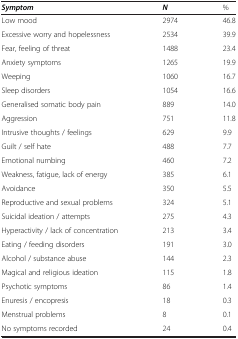
<table><thead><tr><td><b><i>Symptom</i></b></td><td><b><i>N</i></b></td><td><b>%</b></td></tr></thead><tbody><tr><td>Low mood</td><td>2974</td><td>46.8</td></tr><tr><td>Excessive worry and hopelessness</td><td>2534</td><td>39.9</td></tr><tr><td>Fear, feeling of threat</td><td>1488</td><td>23.4</td></tr><tr><td>Anxiety symptoms</td><td>1265</td><td>19.9</td></tr><tr><td>Weeping</td><td>1060</td><td>16.7</td></tr><tr><td>Sleep disorders</td><td>1054</td><td>16.6</td></tr><tr><td>Generalised somatic body pain</td><td>889</td><td>14.0</td></tr><tr><td>Aggression</td><td>751</td><td>11.8</td></tr><tr><td>Intrusive thoughts / feelings</td><td>629</td><td>9.9</td></tr><tr><td>Guilt / self hate</td><td>488</td><td>7.7</td></tr><tr><td>Emotional numbing</td><td>460</td><td>7.2</td></tr><tr><td>Weakness, fatigue, lack of energy</td><td>385</td><td>6.1</td></tr><tr><td>Avoidance</td><td>350</td><td>5.5</td></tr><tr><td>Reproductive and sexual problems</td><td>324</td><td>5.1</td></tr><tr><td>Suicidal ideation / attempts</td><td>275</td><td>4.3</td></tr><tr><td>Hyperactivity / lack of concentration</td><td>213</td><td>3.4</td></tr><tr><td>Eating / feeding disorders</td><td>191</td><td>3.0</td></tr><tr><td>Alcohol / substance abuse</td><td>144</td><td>2.3</td></tr><tr><td>Magical and religious ideation</td><td>115</td><td>1.8</td></tr><tr><td>Psychotic symptoms</td><td>86</td><td>1.4</td></tr><tr><td>Enuresis / encopresis</td><td>18</td><td>0.3</td></tr><tr><td>Menstrual problems</td><td>8</td><td>0.1</td></tr><tr><td>No symptoms recorded</td><td>24</td><td>0.4</td></tr></tbody></table>